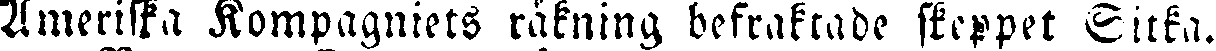
Ameriska Kompagniets räkning befraktade skeppet Sicka.